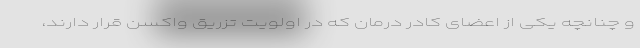
و چنانچه یکی از اعضای کادر درمان که در اولویت تزریق واکسن قرار دارند،